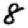
Digit: 8